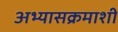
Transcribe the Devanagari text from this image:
अभ्यासक्रमाशी